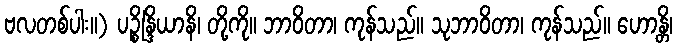
ဗလတစ်ပါး။) ပဉ္စိန္ဒြိယာနိ၊ တို့ကို။ ဘာဝိတာ၊ ကုန်သည်။ သုဘာဝိတာ၊ ကုန်သည်။ ဟောန္တိ၊